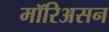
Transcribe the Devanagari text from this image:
मॉरिअसन